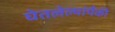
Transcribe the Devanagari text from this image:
घेतलेल्यांपैकी